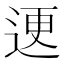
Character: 䢚